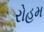
રોહમ